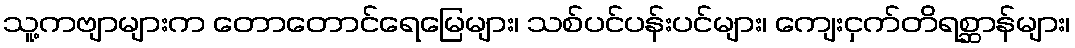
သူ့ကဗျာများက တောတောင်ရေမြေများ၊ သစ်ပင်ပန်းပင်များ၊ ကျေးငှက်တိရစ္ဆာန်များ၊